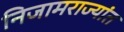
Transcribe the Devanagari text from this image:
निजामराज्यांत